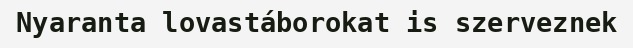
Nyaranta lovastáborokat is szerveznek